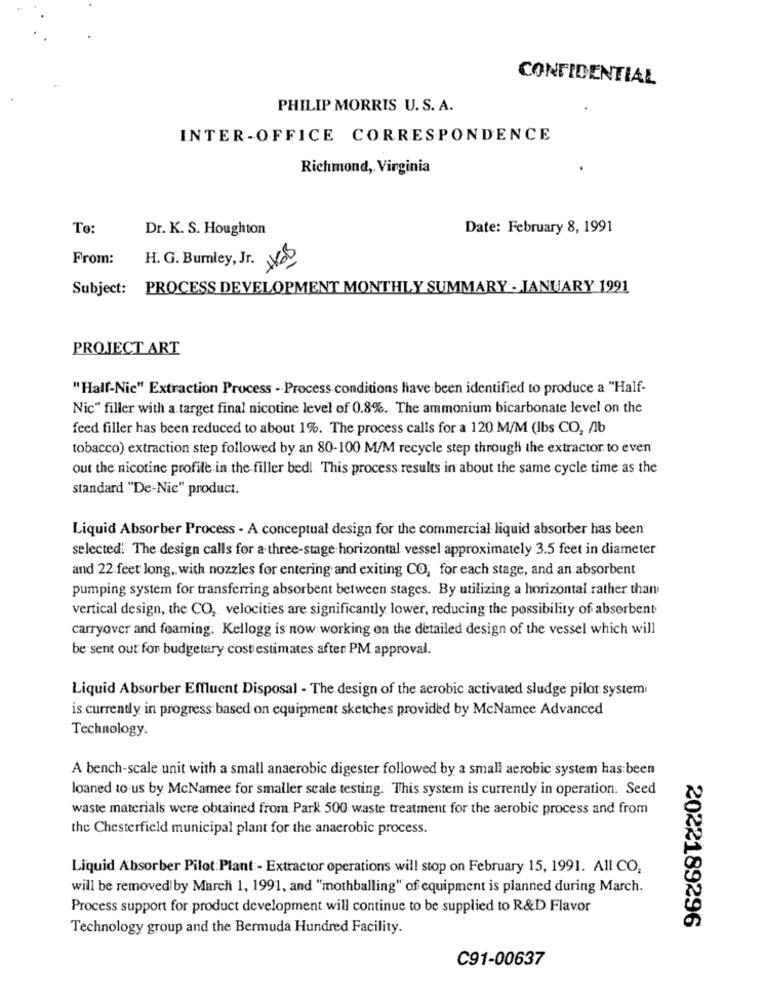
CONFIDENTIAL
PHILIP MORRIS U. S. A.
INTER-OFFICE CORRESPONDENCE
Richmond, Virginia
To:
Dr. K. S. Houghton
Date: February 8, 1991
From:
H. G. Burnley, Jr. 63
Subject: PROCESS DEVELOPMENT MONTHLY SUMMARY - JANUARY 1991
PROJECT ART
"Half-Nie" Extraction Process . Process conditions have been identified to produce a "Half-
Nic" filler with a target final nicotine level of 0.8%. The ammonium bicarbonate level on the
feed filler has been reduced to about 1%. The process calls for a 120 M/M (Ibs CO, /lb
tobacco) extraction step followed by an 80-100 M/M recycle step through the extractor to even
out the nicotine profile in the filler bed! This process results in about the same cycle time as the
standard "De-Nie" product.
Liquid Absorber Process - A conceptual design for the commercial liquid absorber has been
selected: The design calls for a three-stage horizontal vessel approximately 3.5 feet in diameter
and 22.feet long, with nozzles for entering and exiting CO, for each stage, and an absorbent
pumping system for transferring absorbent between stages. By utilizing a horizontal rather than
vertical design, the CO, velocities are significantly lower, reducing the possibility of absorbent
carryover and foaming. Kellogg is now working on the detailed design of the vessel which will
be sent out for budgetary cost estimates after PM approval.
Liquid Absorber Effluent Disposal - The design of the aerobic activated sludge pilot system
is currently in progress based on equipment sketches provided by McNamee Advanced
Technology.
A bench-scale unit with a small anaerobic digester followed by a small aerobic system has been
loaned 10.us by McNamee for smaller scale testing. This system is currently in operation. Seed
waste materials were obtained from Park 500 waste treatment for the aerobic process and from
the Chesterfield municipal plant for the anaerobic process.
Liquid Absorber Pilot:Plant - Extractor operations will stop on February 15, 1991. All CO,
will be removed by March 1, 1991, and "inothballing" of equipment is planned during March.
Process support for product development will continue to be supplied to R&D Flavor
Technology group and the Bermuda Hundred Facility.
2022189296
C91-00637